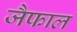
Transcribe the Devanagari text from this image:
जैफाल